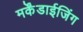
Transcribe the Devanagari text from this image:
मर्केंडाईजिंग